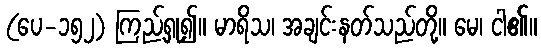
(ပေ-၁၅၂) ကြည့်ရှု၍။ မာရိသ၊ အချင်းနတ်သည်တို့။ မေ၊ ငါ၏။